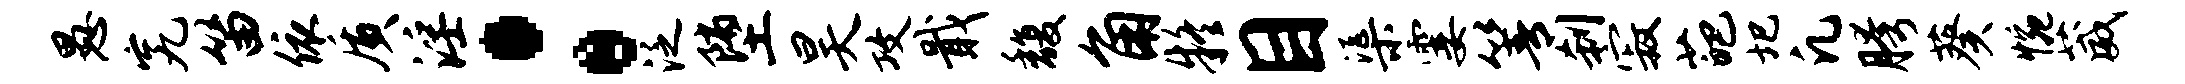
愚究笛依质淫：泛堕昊攻戢馥角疑目渠霎箐刹寂葩圯凡胯葵惋葳